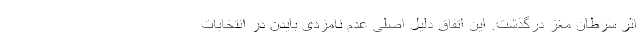
اثر سرطان مغز درگذشت. این اتفاق دلیل اصلی عدم نامزدی بایدن در انتخابات